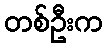
တစ်ဦးက